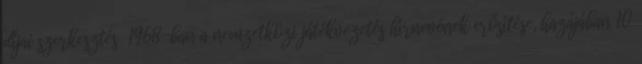
díjai szerkesztés 1968-ban a nemzetközi játékvezetés hírnevének erősítése, hazájában 10